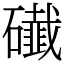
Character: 䃱